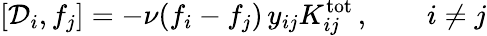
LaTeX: \left[{\cal D}_{i},f_{j}\right]=-\nu(f_{i}-f_{j})\, y_{ij}K_{ij}^{\mathrm{tot}}\, ,\qquad i\ne j